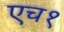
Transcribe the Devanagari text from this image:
एच१